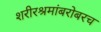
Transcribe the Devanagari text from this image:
शरीरश्रमांबरोबरच